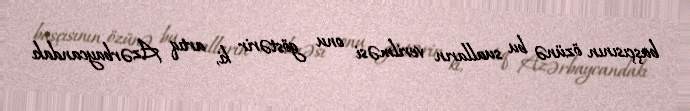
başçısının özünə bu sualların verilməsi onu göstərir ki, artıq Azərbaycandakı